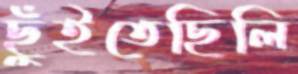
ছুঁইতেছিলি